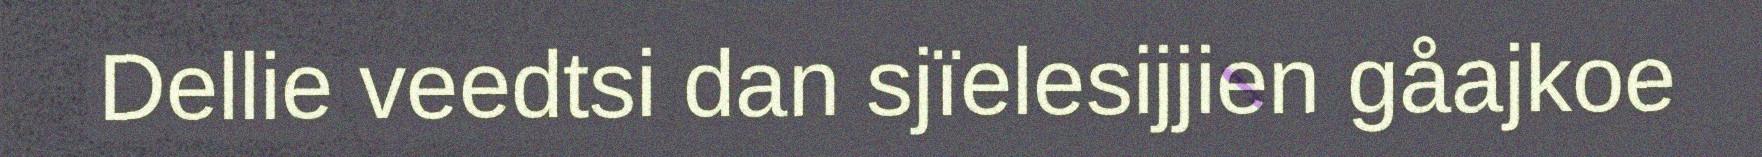
Dellie veedtsi dan sjïelesijjien gåajkoe